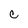
Character: C